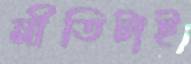
নীতিটাই